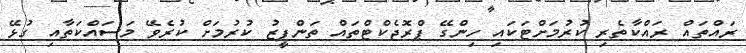
ރައްތައް ރައްކާތެރި ކުރުމަށްޓަކައި ހިންގޭ ޕްރޮޖެކްޓްތައް ތަންފީޒު ކުރުމަށް ކުރެވޭ މަސައްކަތާއި ގުޅޭ